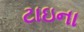
ટાઇના